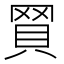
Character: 𧵽